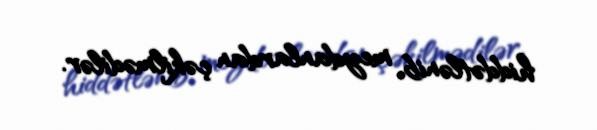
hiddətlənib, meydanlardan çəkilmədilər.